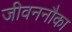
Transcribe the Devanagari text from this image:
जीवननौका